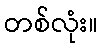
တစ်လုံး။